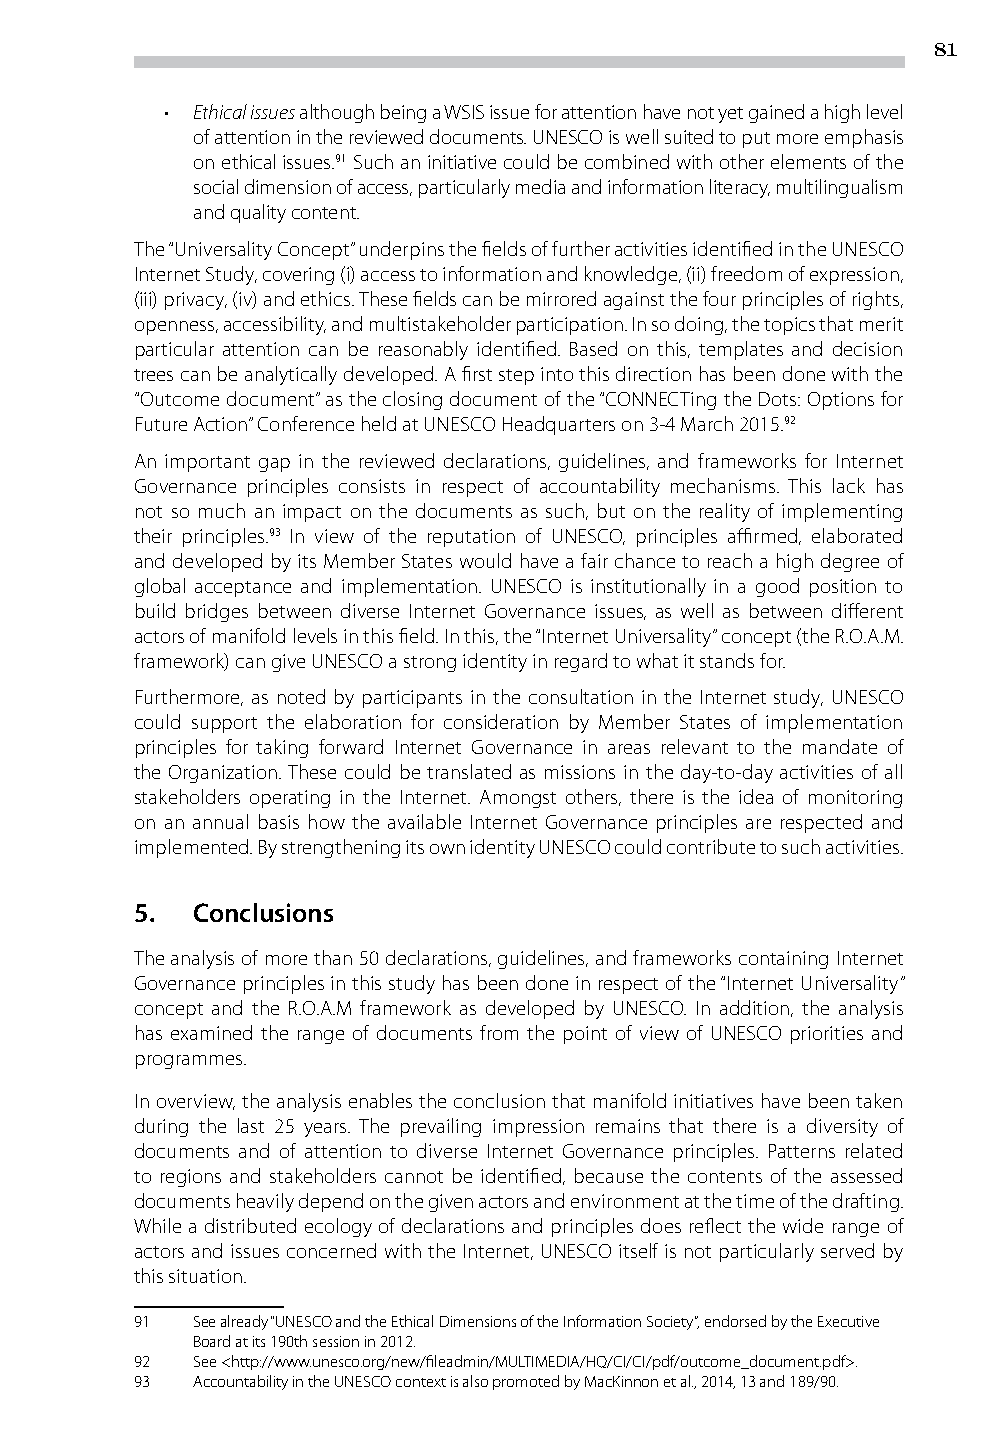
81
 • Ethical issues although being a WSIS issue for attention have not yet gained a high level
 of attention in the reviewed documents. UNESCO is well suited to put more emphasis
 on ethical issues.91 Such an initiative could be combined with other elements of the
 social dimension of access, particularly media and information literacy, multilingualism
 and quality content.
 The “Universality Concept” underpins the fields of further activities identified in the UNESCO
 Internet Study, covering (i) access to information and knowledge, (ii) freedom of expression,
 (iii) privacy, (iv) and ethics. These fields can be mirrored against the four principles of rights,
 openness, accessibility, and multistakeholder participation. In so doing, the topics that merit
 particular attention can be reasonably identified. Based on this, templates and decision
 trees can be analytically developed. A first step into this direction has been done with the
 “Outcome document” as the closing document of the “CONNECTing the Dots: Options for
 Future Action” Conference held at UNESCO Headquarters on 3-4 March 2015.92
 An important gap in the reviewed declarations, guidelines, and frameworks for Internet
 Governance principles consists in respect of accountability mechanisms. This lack has
 not so much an impact on the documents as such, but on the reality of implementing
 their principles.93 In view of the reputation of UNESCO, principles affirmed, elaborated
 and developed by its Member States would have a fair chance to reach a high degree of
 global acceptance and implementation. UNESCO is institutionally in a good position to
 build bridges between diverse Internet Governance issues, as well as between different
 actors of manifold levels in this field. In this, the “Internet Universality” concept (the R.O.A.M.
 framework) can give UNESCO a strong identity in regard to what it stands for.
 Furthermore, as noted by participants in the consultation in the Internet study, UNESCO
 could support the elaboration for consideration by Member States of implementation
 principles for taking forward Internet Governance in areas relevant to the mandate of
 the Organization. These could be translated as missions in the day-to-day activities of all
 stakeholders operating in the Internet. Amongst others, there is the idea of monitoring
 on an annual basis how the available Internet Governance principles are respected and
 implemented. By strengthening its own identity UNESCO could contribute to such activities.
 5.  Conclusions
 The analysis of more than 50 declarations, guidelines, and frameworks containing Internet
 Governance principles in this study has been done in respect of the “Internet Universality”
 concept and the R.O.A.M framework as developed by UNESCO. In addition, the analysis
 has examined the range of documents from the point of view of UNESCO priorities and
 programmes.
 In overview, the analysis enables the conclusion that manifold initiatives have been taken
 during the last 25 years. The prevailing impression remains that there is a diversity of
 documents and of attention to diverse Internet Governance principles. Patterns related
 to regions and stakeholders cannot be identified, because the contents of the assessed
 documents heavily depend on the given actors and environment at the time of the drafting.
 While a distributed ecology of declarations and principles does reflect the wide range of
 actors and issues concerned with the Internet, UNESCO itself is not particularly served by
 this situation.
 91  See already “UNESCO and the Ethical Dimensions of the Information Society”, endorsed by the Executive
 Board at its 190th session in 2012.
 92  See <http://www.unesco.org/new/fileadmin/MULTIMEDIA/HQ/CI/CI/pdf/outcome_document.pdf>.
 93  Accountability in the UNESCO context is also promoted by MacKinnon et al., 2014, 13 and 189/90.